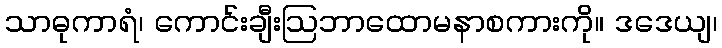
သာဓုကာရံ၊ ကောင်းချီးဩဘာထောမနာစကားကို။ ဒဒေယျ၊